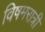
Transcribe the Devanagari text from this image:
विषमरात्री